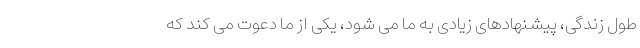
طول زندگی، پیشنهادهای زیادی به ما می شود، یکی از ما دعوت می کند که